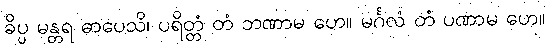
ခိပ္ပ မန္တရ ဓာပေသိ၊ ပရိတ္တံ တံ ဘဏာမ ဟေ။ မင်္ဂလံ တံ ပဏာမ ဟေ။